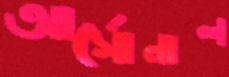
আর্সোনাল